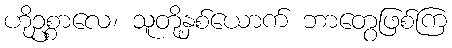
ဟိုဥစ္စာလေ၊ သူတို့နှစ်ယောက် ဘာတွေဖြစ်ကြ